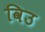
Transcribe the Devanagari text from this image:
विउ